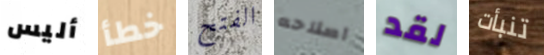
أليس خطأ الفتح اصلاحه لقد تنبأت